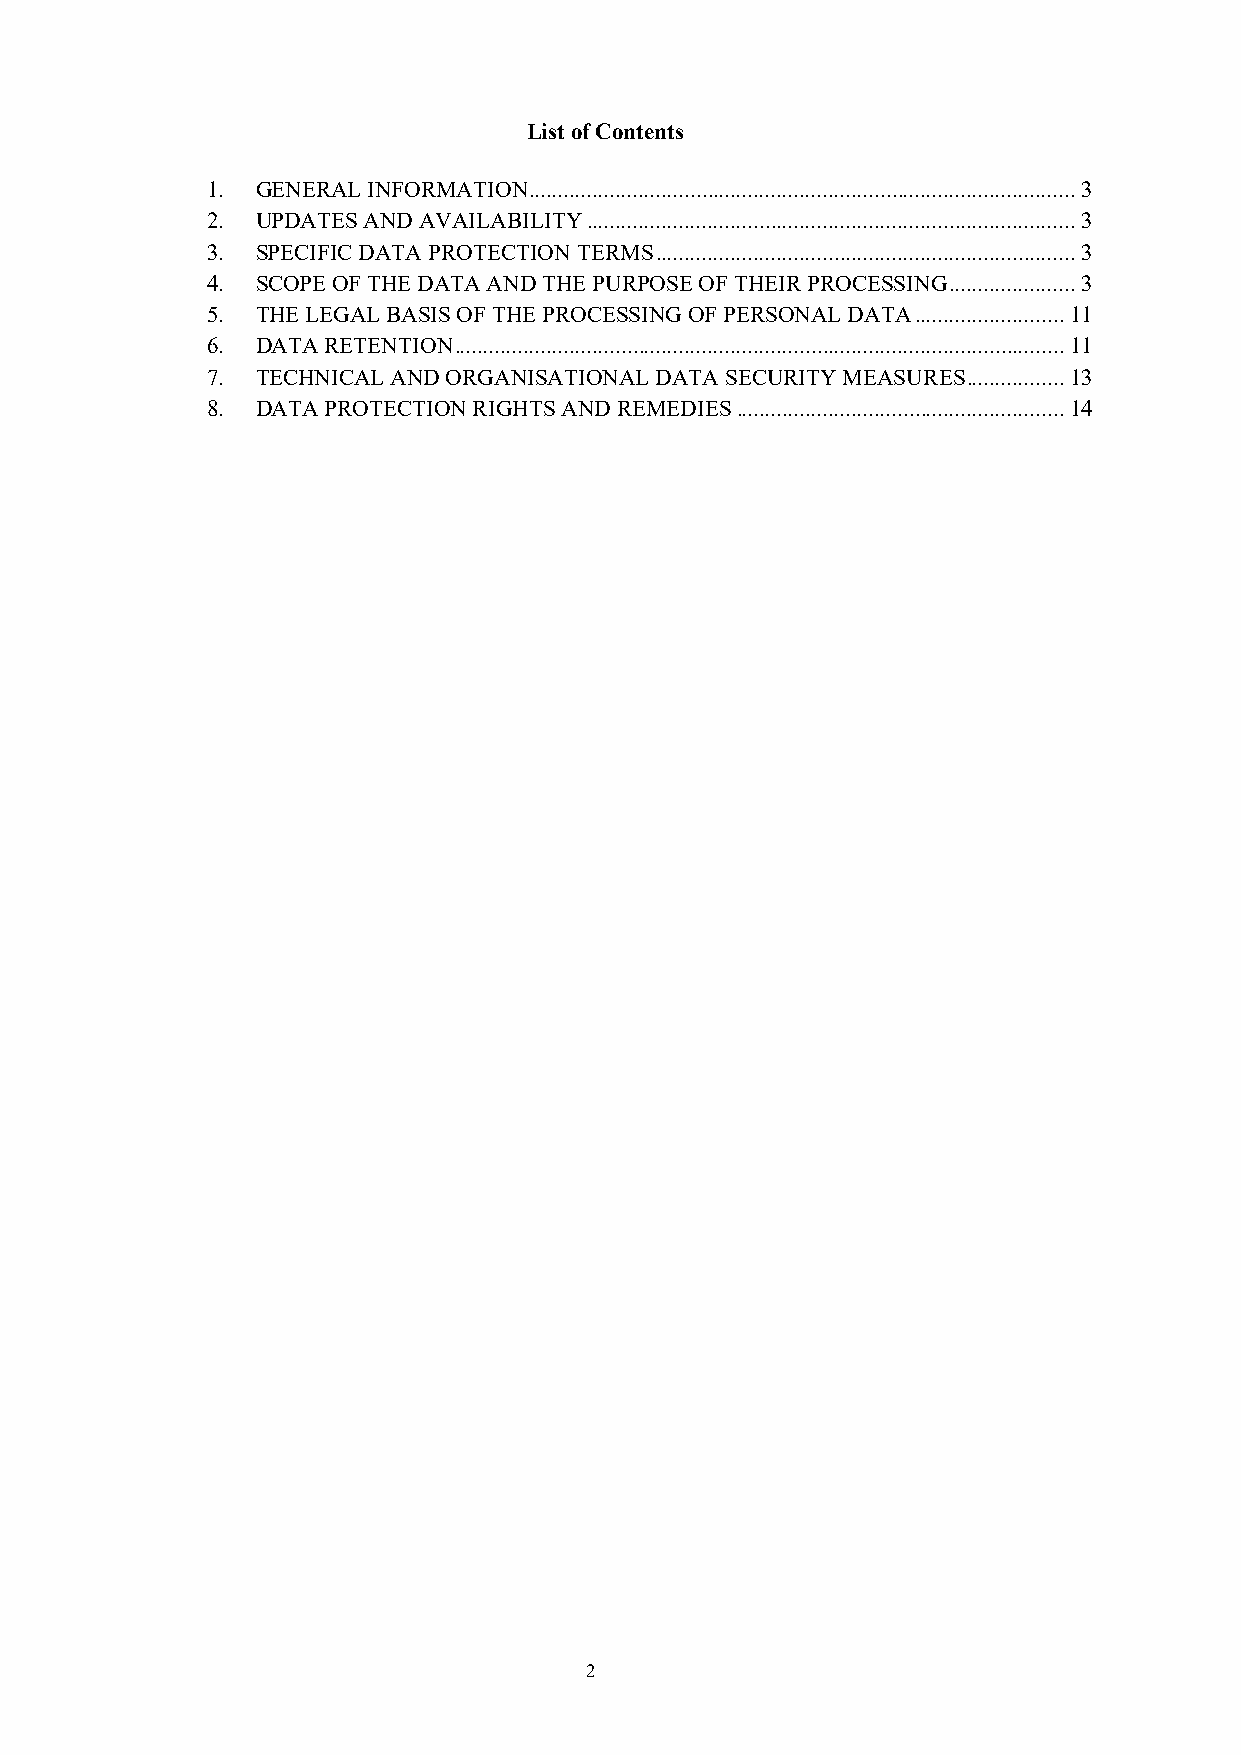
List of Contents
 1. GENERAL INFORMATION ............................................................................................... 3
 2. UPDATES AND AVAILABILITY ..................................................................................... 3
 3. SPECIFIC DATA PROTECTION TERMS ......................................................................... 3
 4. SCOPE OF THE DATA AND THE PURPOSE OF THEIR PROCESSING ...................... 3
 5. THE LEGAL BASIS OF THE PROCESSING OF PERSONAL DATA .......................... 11
 6. DATA RETENTION .......................................................................................................... 11
 7. TECHNICAL AND ORGANISATIONAL DATA SECURITY MEASURES ................. 13
 8. DATA PROTECTION RIGHTS AND REMEDIES ......................................................... 14
 2